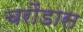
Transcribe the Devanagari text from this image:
चरौंडास